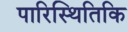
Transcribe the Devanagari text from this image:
पारिस्थितिकि